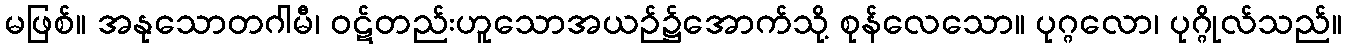
မဖြစ်။ အနုသောတဂါမီ၊ ဝဋ်တည်းဟူသောအယဉ်၌အောက်သို့ စုန်လေသော။ ပုဂ္ဂလော၊ ပုဂ္ဂိုလ်သည်။